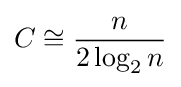
C\cong {\frac {n}{2\log _{2}n}}